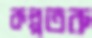
কল্পতরু